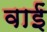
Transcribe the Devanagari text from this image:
वाईं